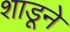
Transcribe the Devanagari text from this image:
शाडूने